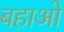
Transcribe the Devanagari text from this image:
बहाओ